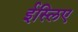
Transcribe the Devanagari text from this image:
ईस्लिए